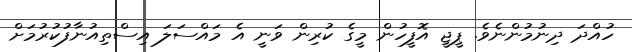
ހުއްދަ ދިނުމުންނެވެ. ޕީޖީ އޮފީހުން މީގެ ކުރިން ވަނީ އެ މައްސަލަ އިސްތިއުނާފުކުރުމަށް